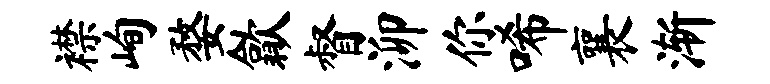
襟峋婺歙督泖你唏襄渐